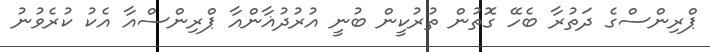
ޕްރިންސްގެ ދަތުރާ ބެހޭ ގޮތުން ތުރުކީން ބުނީ އުރުދުޣާންއާ ޕްރިންސްއާ އެކު ކުރެވުނު